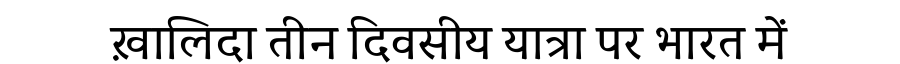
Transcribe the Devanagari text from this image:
ख़ालिदा तीन दिवसीय यात्रा पर भारत में